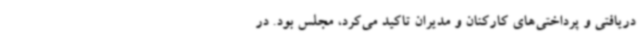
دریافتی و پرداختی‌های کارکنان و مدیران تاکید می‌کرد، مجلس بود. در